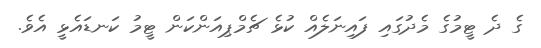
ގެ ދެ ޓީމުގެ މެދުގައި ފައިނަލެއް ކުޅެ ޗެމްޕިއަންކަން ޓީމު ކަނޑައެޅީ އެވެ.